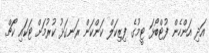
އަދި އަންހެން ފުޓްބޯޅަ ޓީމުގެ ފިޒިކަލް ކަންކަން ރަނގަޅު ކުރުމަށް ޓަކައި ކޯޗް